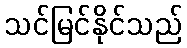
သင်မြင်နိုင်သည်